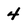
Character: 4